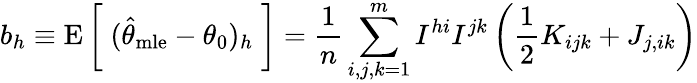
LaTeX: b_{h}\equiv\operatorname{E}{\bigg[}\; ({\widehat{\theta}}_{\mathrm{mle}}-\theta_{0})_{h}\; {\bigg]}={\frac{1}{n}}\sum_{i,j,k=1}^{m}I^{hi}I^{jk}\left({\frac{1}{2}}K_{ijk}+J_{j,ik}\right)